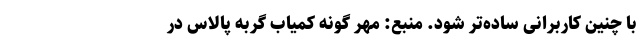
با چنین کاربرانی ساده‌تر شود. منبع: مهر گونه کمیاب گربه پالاس در